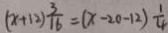
( x + 1 2 ) \frac { 3 } { 1 6 } = ( x - 2 0 - 1 2 ) \frac { 1 } { 4 }